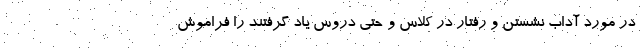
در مورد آداب نشستن و رفتار در کلاس و حتی دروس یاد گرفتند را فراموش